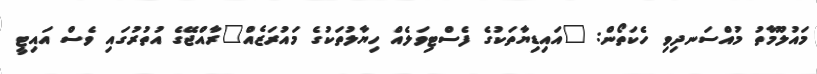
މައުލޫމާތު މުއްސަނދިވި ހެކަތޯން: "އައިޑިޔާތަކުގެ ފެސްޓިވަލެއް ހިޔާލުތަކުގެ މައުރަޒެއް"ރާއްޖޭގެ އުތުރުގައި ވެސް އައިޓީ